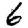
Digit: 6